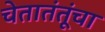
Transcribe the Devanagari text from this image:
चेतातंतूंचा